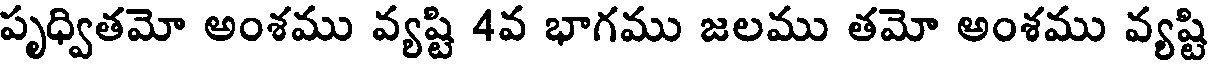
పృధ్వితమో అంశము వ్యష్టి 4వ భాగము జలము తమో అంశము వ్యష్టి